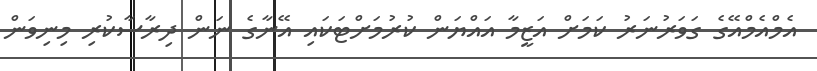
އެމްއެމްއޭގެ ގަވަރުނަރު ކަމަށް އަޒީމާ އައްޔަން ކުރުމަށްޓަކައި އޭނާގެ ނަން ދިރާސާކުރި މިނިވަން